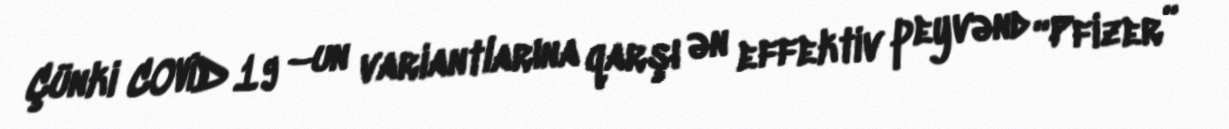
Çünki COVİD 19 –un variantlarına qarşı ən effektiv peyvənd “Pfizer”